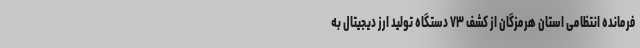
فرمانده انتظامی استان هرمزگان از کشف ۷۳ دستگاه تولید ارز دیجیتال به